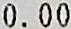
0.00